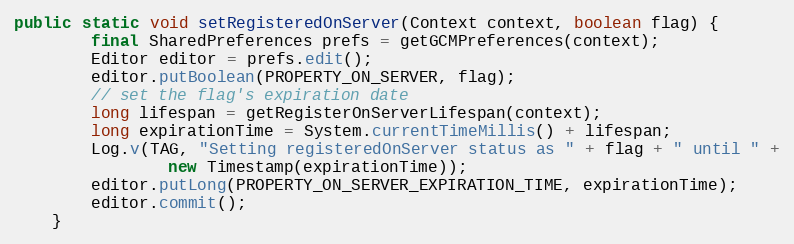
Language: Java
public static void setRegisteredOnServer(Context context, boolean flag) {
        final SharedPreferences prefs = getGCMPreferences(context);
        Editor editor = prefs.edit();
        editor.putBoolean(PROPERTY_ON_SERVER, flag);
        // set the flag's expiration date
        long lifespan = getRegisterOnServerLifespan(context);
        long expirationTime = System.currentTimeMillis() + lifespan;
        Log.v(TAG, "Setting registeredOnServer status as " + flag + " until " +
                new Timestamp(expirationTime));
        editor.putLong(PROPERTY_ON_SERVER_EXPIRATION_TIME, expirationTime);
        editor.commit();
    }